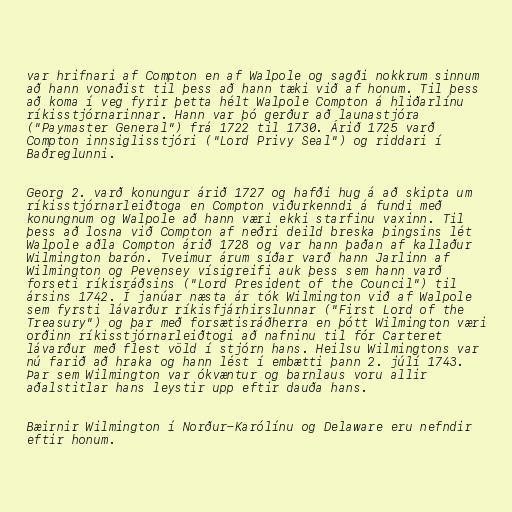
var hrifnari af Compton en af Walpole og sagði nokkrum sinnum
að hann vonaðist til þess að hann tæki við af honum. Til þess
að koma í veg fyrir þetta hélt Walpole Compton á hliðarlínu
ríkisstjórnarinnar. Hann var þó gerður að launastjóra
("Paymaster General") frá 1722 til 1730. Árið 1725 varð
Compton innsiglisstjóri ("Lord Privy Seal") og riddari í
Baðreglunni.

Georg 2. varð konungur árið 1727 og hafði hug á að skipta um
ríkisstjórnarleiðtoga en Compton viðurkenndi á fundi með
konungnum og Walpole að hann væri ekki starfinu vaxinn. Til
þess að losna við Compton af neðri deild breska þingsins lét
Walpole aðla Compton árið 1728 og var hann þaðan af kallaður
Wilmington barón. Tveimur árum síðar varð hann Jarlinn af
Wilmington og Pevensey vísigreifi auk þess sem hann varð
forseti ríkisráðsins ("Lord President of the Council") til
ársins 1742. Í janúar næsta ár tók Wilmington við af Walpole
sem fyrsti lávarður ríkisfjárhirslunnar ("First Lord of the
Treasury") og þar með forsætisráðherra en þótt Wilmington væri
orðinn ríkisstjórnarleiðtogi að nafninu til fór Carteret
lávarður með flest völd í stjórn hans. Heilsu Wilmingtons var
nú farið að hraka og hann lést í embætti þann 2. júlí 1743.
Þar sem Wilmington var ókvæntur og barnlaus voru allir
aðalstitlar hans leystir upp eftir dauða hans.

Bæirnir Wilmington í Norður-Karólínu og Delaware eru nefndir
eftir honum.